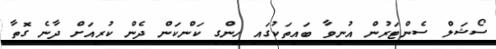
ސޯޝަލް ސެންޓަރުން އުނިވާ ބައިތަކުގައި ހިންގި ކަންކަން ދެން ކުރިއަށް ދާނެ ގޮތާ